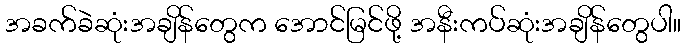
အခက်ခဲဆုံးအချိန်တွေက အောင်မြင်ဖို့ အနီးကပ်ဆုံးအချိန်တွေပါ။